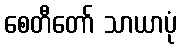
စေတီတော် သာယာပုံ